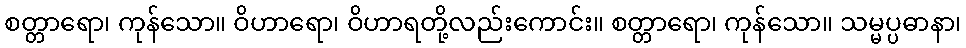
စတ္တာရော၊ ကုန်သော။ ဝိဟာရော၊ ဝိဟာရတို့လည်းကောင်း။ စတ္တာရော၊ ကုန်သော။ သမ္မပ္ပဓာနာ၊